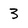
Character: 3